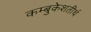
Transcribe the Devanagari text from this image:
कम्बुकेशतीर्थ